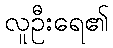
လူဦးရေ၏